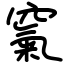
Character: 𥧔